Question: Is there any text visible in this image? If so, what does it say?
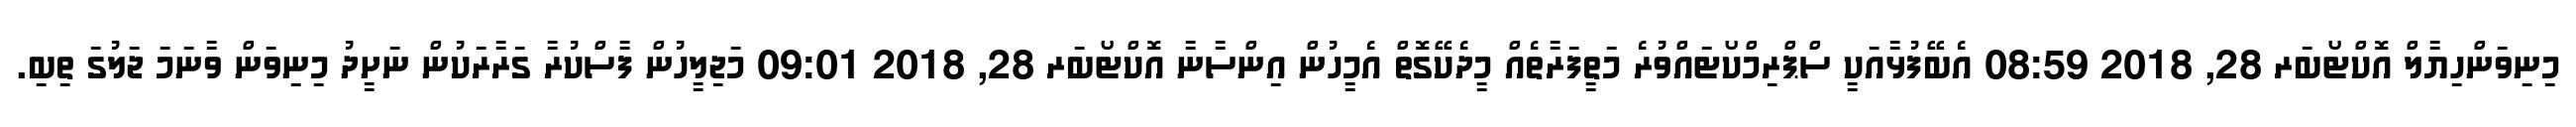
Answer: މިނިވަންހިޔާލް އޮކްޓޯބަރ 28, 2018 08:59 އެބޭފުޅާއަކީ ސްޕްރިމްކޯޓައްވުރެ މަތީފަރާތެއް މީދެކޭގޮތް އެމީހުން އިންސާނާ އޮކްޓޯބަރ 28, 2018 09:01 މަޖިލީހުން ފާސްކުރާ ގަރާރަކުން ނަށީދު މިނިވަން ވާނަމަ ޖަލުގަ ތިބި.